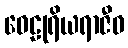
ဝေဠုရိယရာဇီဝ